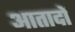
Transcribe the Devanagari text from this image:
आतादों